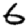
Digit: 6